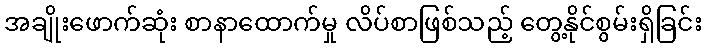
အချိုးဖောက်ဆုံး စာနာထောက်မှု လိပ်စာဖြစ်သည့် တွေ့နိုင်စွမ်းရှိခြင်း